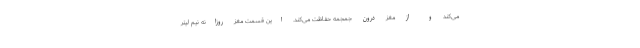
می‌کند و از مغز درون جمجمه حفاظت می‌کند. این قسمت مغز روزانه نیم لیتر